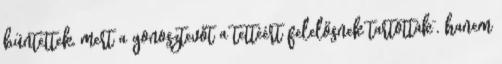
büntettek, mert a gonosztevőt a tettéért felelősnek tartották”, hanem